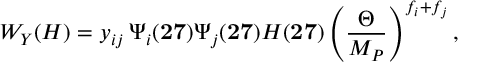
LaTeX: W _ { Y } ( H ) = y _ { i j } \, \Psi _ { i } ( { \bf 2 7 } ) \Psi _ { j } ( { \bf 2 7 } ) H ( { \bf 2 7 } ) \left( { \frac { \Theta } { M _ { P } } } \right) ^ { f _ { i } + f _ { j } } ,